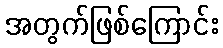
အတွက်ဖြစ်ကြောင်း